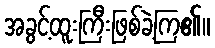
အခွင့်ထူးကြီးဖြစ်ခဲ့ကြ၏။